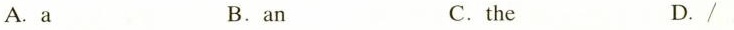
A.a B.an C.the D./